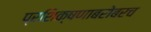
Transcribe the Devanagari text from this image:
प्रशिक्षणाबरोबरच